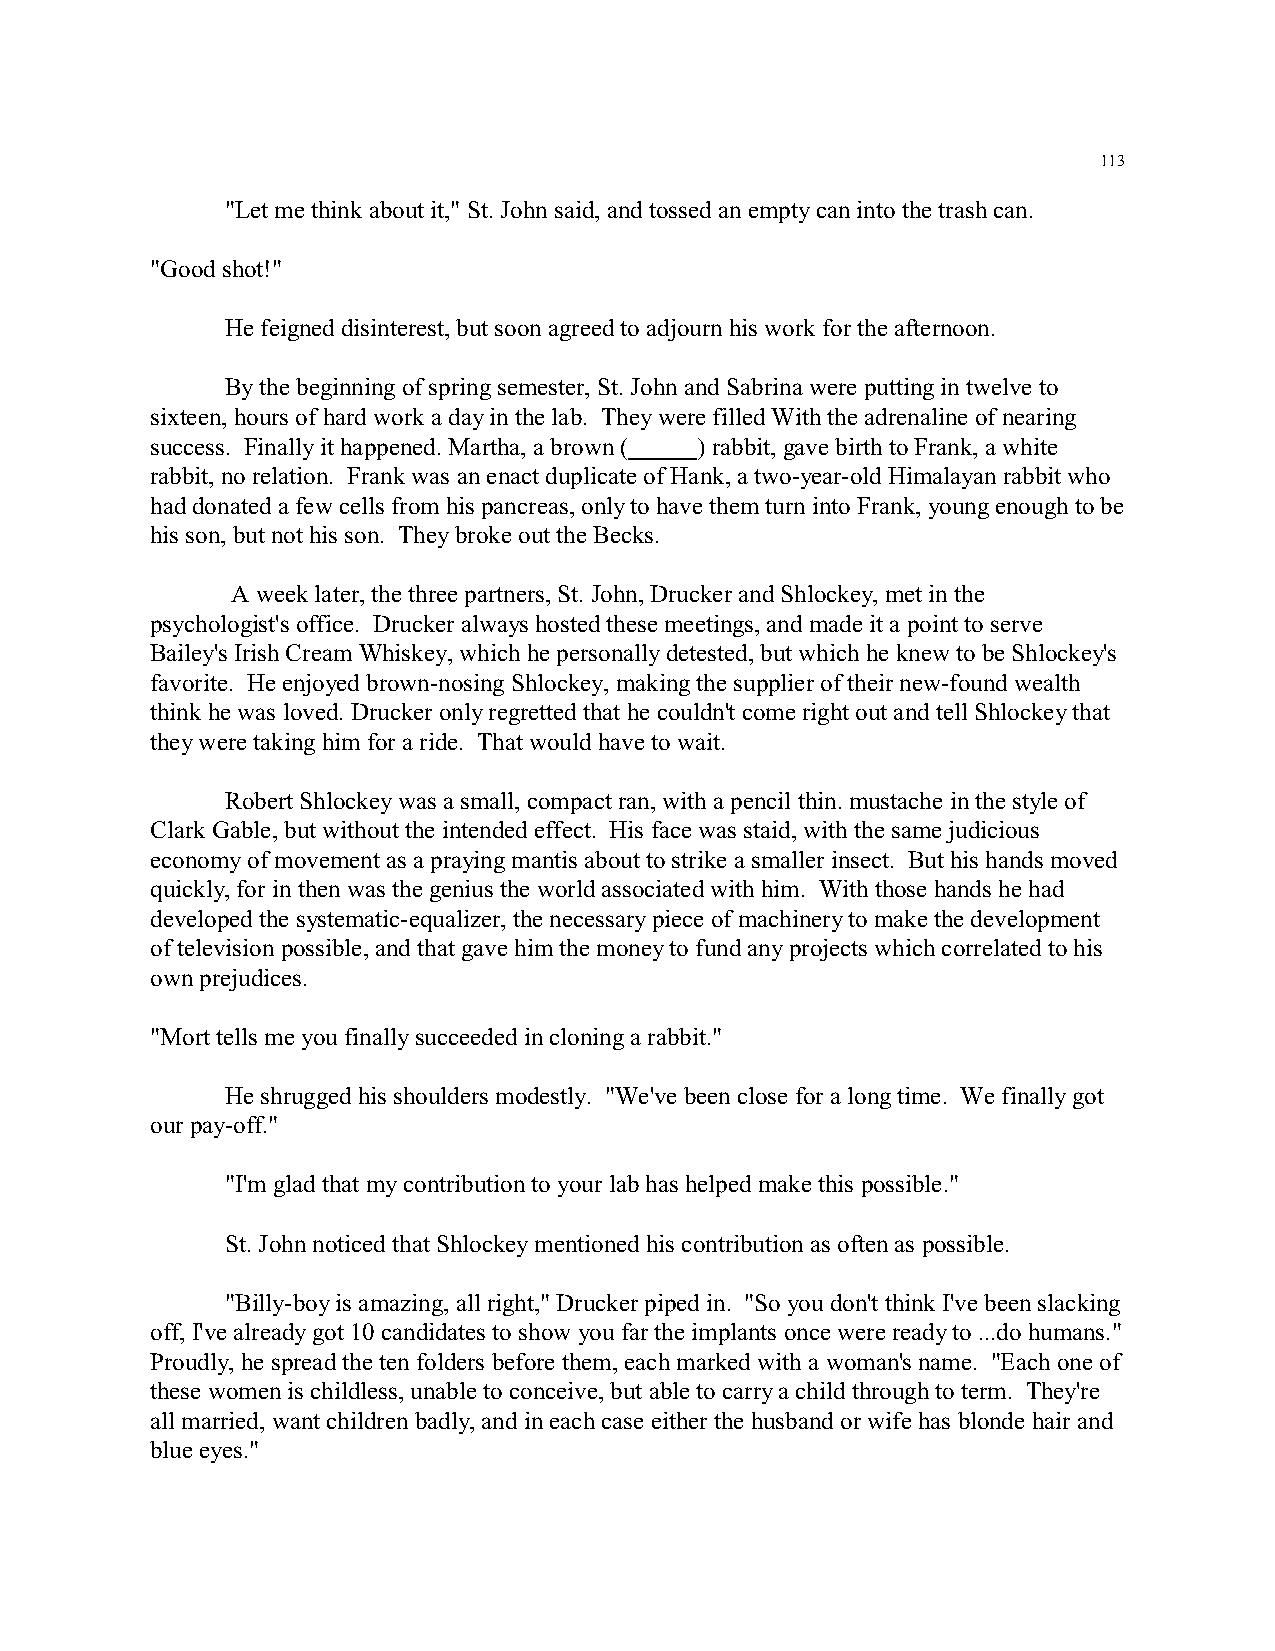
113
 "Let me think about it," St. John said, and tossed an empty can into the trash can.
 "Good shot!"
 He feigned disinterest, but soon agreed to adjourn his work for the afternoon.
 By the beginning of spring semester, St. John and Sabrina were putting in twelve to
 sixteen, hours of hard work a day in the lab. They were filled With the adrenaline of nearing
 success. Finally it happened. Martha, a brown ( ) rabbit, gave birth to Frank, a white
 rabbit, no relation. Frank was an enact duplicate of Hank, a two-year-old Himalayan rabbit who
 had donated a few cells from his pancreas, only to have them turn into Frank, young enough to be
 his son, but not his son. They broke out the Becks.
 A week later, the three partners, St. John, Drucker and Shlockey, met in the
 psychologist's office. Drucker always hosted these meetings, and made it a point to serve
 Bailey's Irish Cream Whiskey, which he personally detested, but which he knew to be Shlockey's
 favorite. He enjoyed brown-nosing Shlockey, making the supplier of their new-found wealth
 think he was loved. Drucker only regretted that he couldn't come right out and tell Shlockey that
 they were taking him for a ride. That would have to wait.
 Robert Shlockey was a small, compact ran, with a pencil thin. mustache in the style of
 Clark Gable, but without the intended effect. His face was staid, with the same judicious
 economy of movement as a praying mantis about to strike a smaller insect. But his hands moved
 quickly, for in then was the genius the world associated with him. With those hands he had
 developed the systematic-equalizer, the necessary piece of machinery to make the development
 of television possible, and that gave him the money to fund any projects which correlated to his
 own prejudices.
 "Mort tells me you finally succeeded in cloning a rabbit."
 He shrugged his shoulders modestly. "We've been close for a long time. We finally got
 our pay-off."
 "I'm glad that my contribution to your lab has helped make this possible."
 St. John noticed that Shlockey mentioned his contribution as often as possible.
 "Billy-boy is amazing, all right," Drucker piped in. "So you don't think I've been slacking
 off, I've already got 10 candidates to show you far the implants once were ready to ...do humans."
 Proudly, he spread the ten folders before them, each marked with a woman's name. "Each one of
 these women is childless, unable to conceive, but able to carry a child through to term. They're
 all married, want children badly, and in each case either the husband or wife has blonde hair and
 blue eyes."